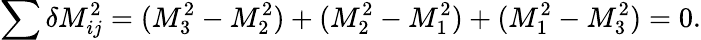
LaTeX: \sum\delta M_{ij}^{2}=(M_{3}^{2}-M_{2}^{2})+(M_{2}^{2}-M_{1}^{2})+(M_{1}^{2}-M_{3}^{2})=0.